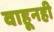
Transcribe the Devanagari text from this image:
वाहूनही